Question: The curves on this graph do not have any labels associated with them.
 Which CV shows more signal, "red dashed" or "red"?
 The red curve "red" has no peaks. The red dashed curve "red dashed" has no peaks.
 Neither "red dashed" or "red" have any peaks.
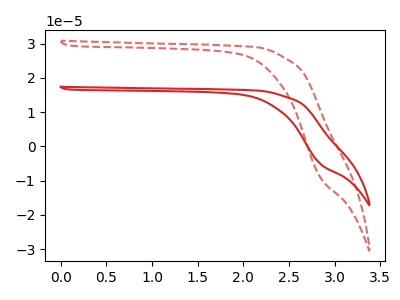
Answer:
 <answer>I cant tell if "red dashed" or "red" has more signal.</answer>
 <eval>mixed_signal</eval>